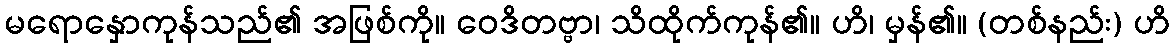
မရောနှောကုန်သည်၏ အဖြစ်ကို။ ဝေဒိတဗ္ဗာ၊ သိထိုက်ကုန်၏။ ဟိ၊ မှန်၏။ (တစ်နည်း) ဟိ